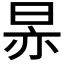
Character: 𬀳